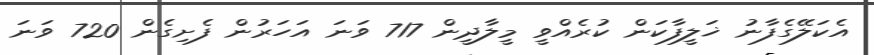
އެކަލޭގެފާނު ޚަލީފާކަން ކުރެއްވީ މީލާދީން 717 ވަނަ އަހަރުން ފެށިގެން 720 ވަނަ